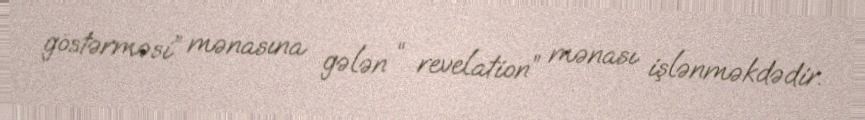
göstərməsi” mənasına gələn “ revelation” mənası işlənməkdədir.